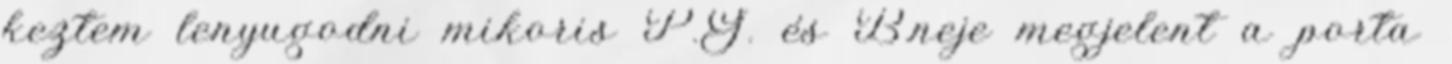
keztem lenyugodni mikoris P.G. és B.neje megjelent a porta